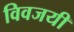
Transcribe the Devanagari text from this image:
विवजयी